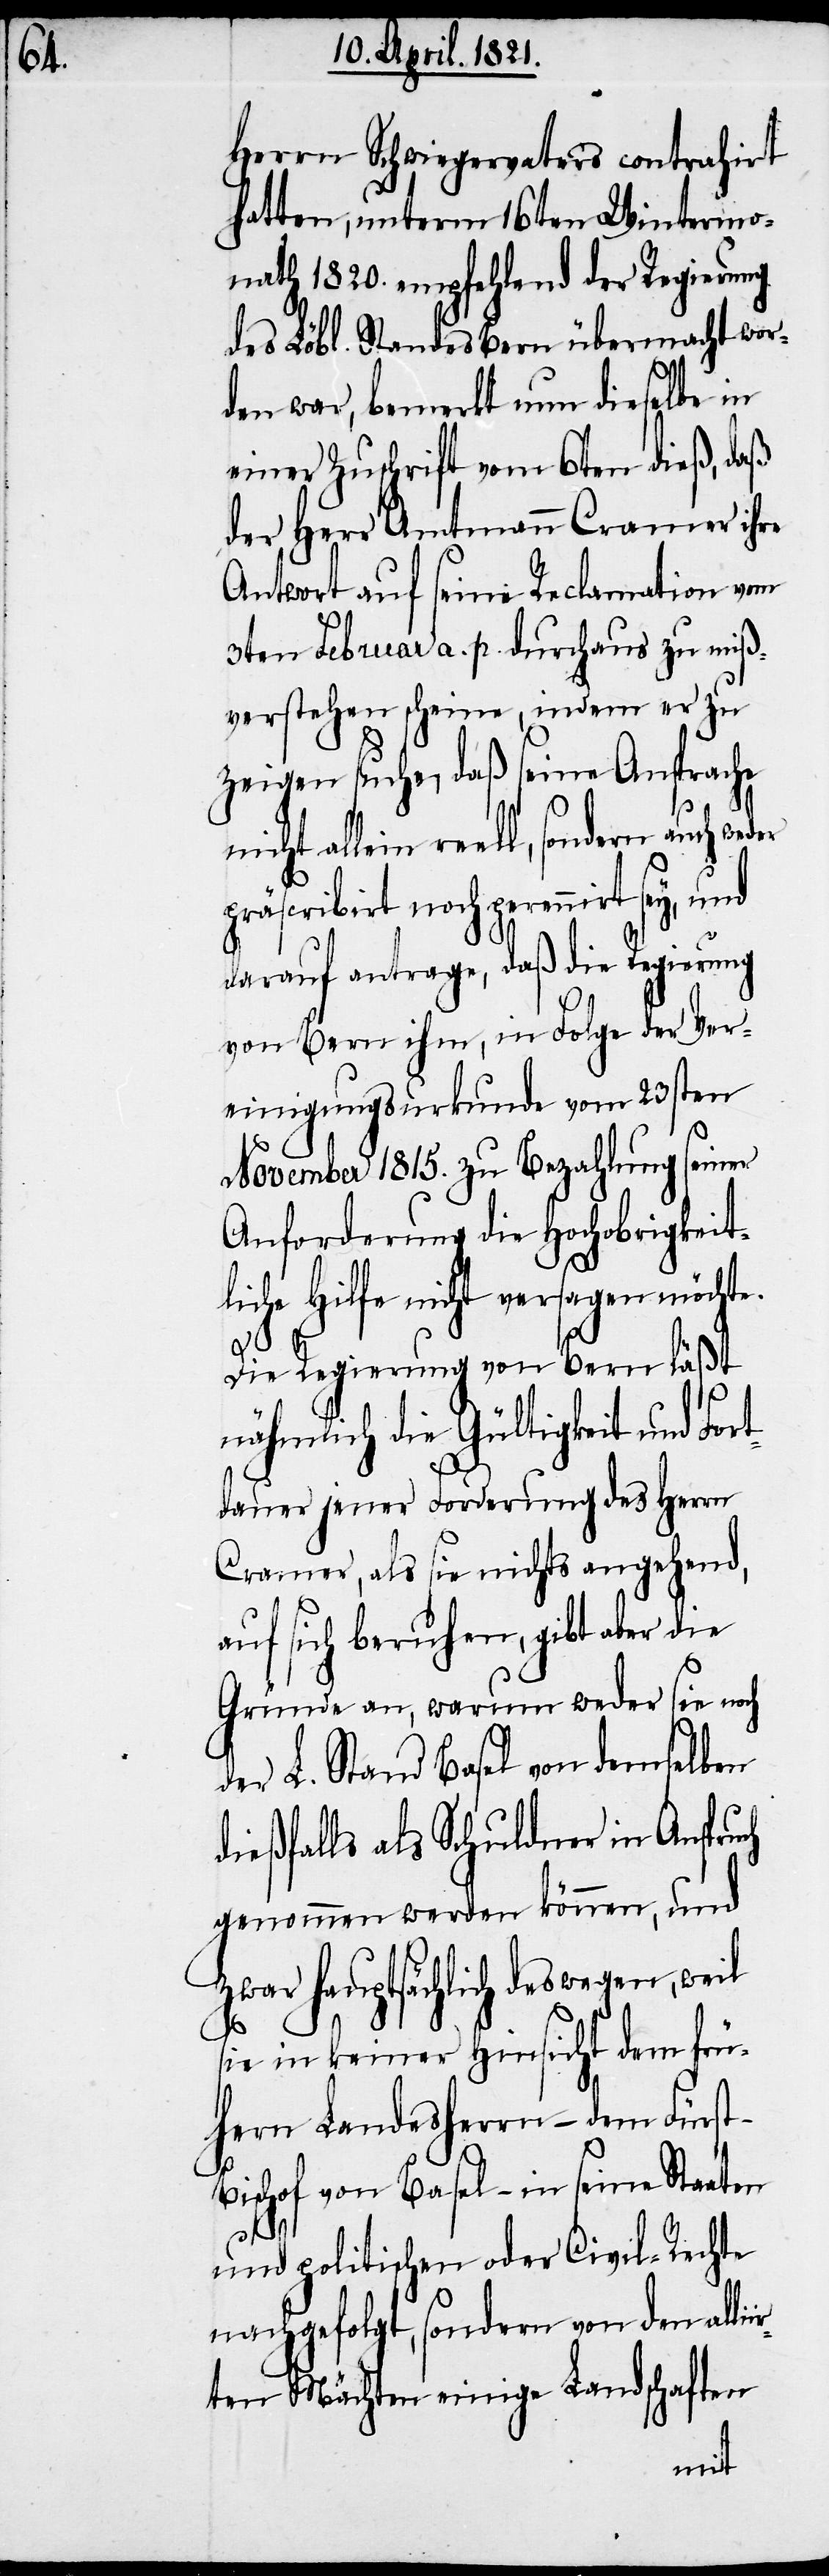
all¬

Herrn Schwiegervaters contrahirt
hatten, unterm 16ten Wintermo¬
nath 1820. empfehlend der Regierung
des Löbl. Standes Bern übermacht wor¬
den war, bemerkt nun dieselbe in
einer Zuschrift vom 6ten dieß, daß
der Herr Amtmann Cramer ihre
Antwort auf seine Reclamation vom
3ten Februar a. p. durchaus zu miß¬
verstehen schien, indem er zu
zeigen suche, daß seine Ansprache
ein reell, sondern auch we¬
präscribirt noch perennirt sey, und
darauf antrage, daß die Regierung
von Bern ihm, in Folge der Ver¬
einigungsurkunde vom 23sten
November 1815. zu Bezahlung seiner
Anforderung die Hochobrigkeit¬
liche Hilfe nicht versagen möchte.
Die Regierung von Bern läßt
nähmlich die Gültigkeit und For¬
tdauer jener Forderung des Herrn
Cramer, als sie nichts angehend,
auf sich beruhen, gibt aber die
Gründe an, warum weder sie noch
der L. Stand Basel von demselben
dießfalls als Schuldner in Anspruch
genommen werden können, und
zwar hauptsächlich deswegen, weil
ir¬
sie in keiner Hinsicht dem frü¬
hern Landesherrn – dem Fürs¬
ischof von Basel – in seine Staaten
und politischen oder Civil-Rechte
nachgefolgt, sondern von den alli¬
ten Mächten einige Landschaften